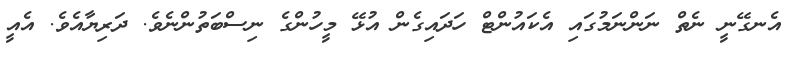
އެނގޭނީ ނެތް ނަންނަމުގައި އެކައުންޓް ހަދައިގެން އުޅޭ މީހުންގެ ނިސްބަތުންނެވެ. ދަރިޔާާއެވެ. އެއީ